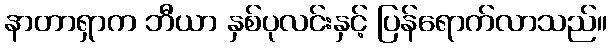
နာတာရှာက ဘီယာ နှစ်ပုလင်းနှင့် ပြန်ရောက်လာသည်။